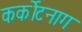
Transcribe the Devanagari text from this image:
कर्कोटनाग